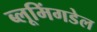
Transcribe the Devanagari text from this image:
ब्लूमिंगडेल